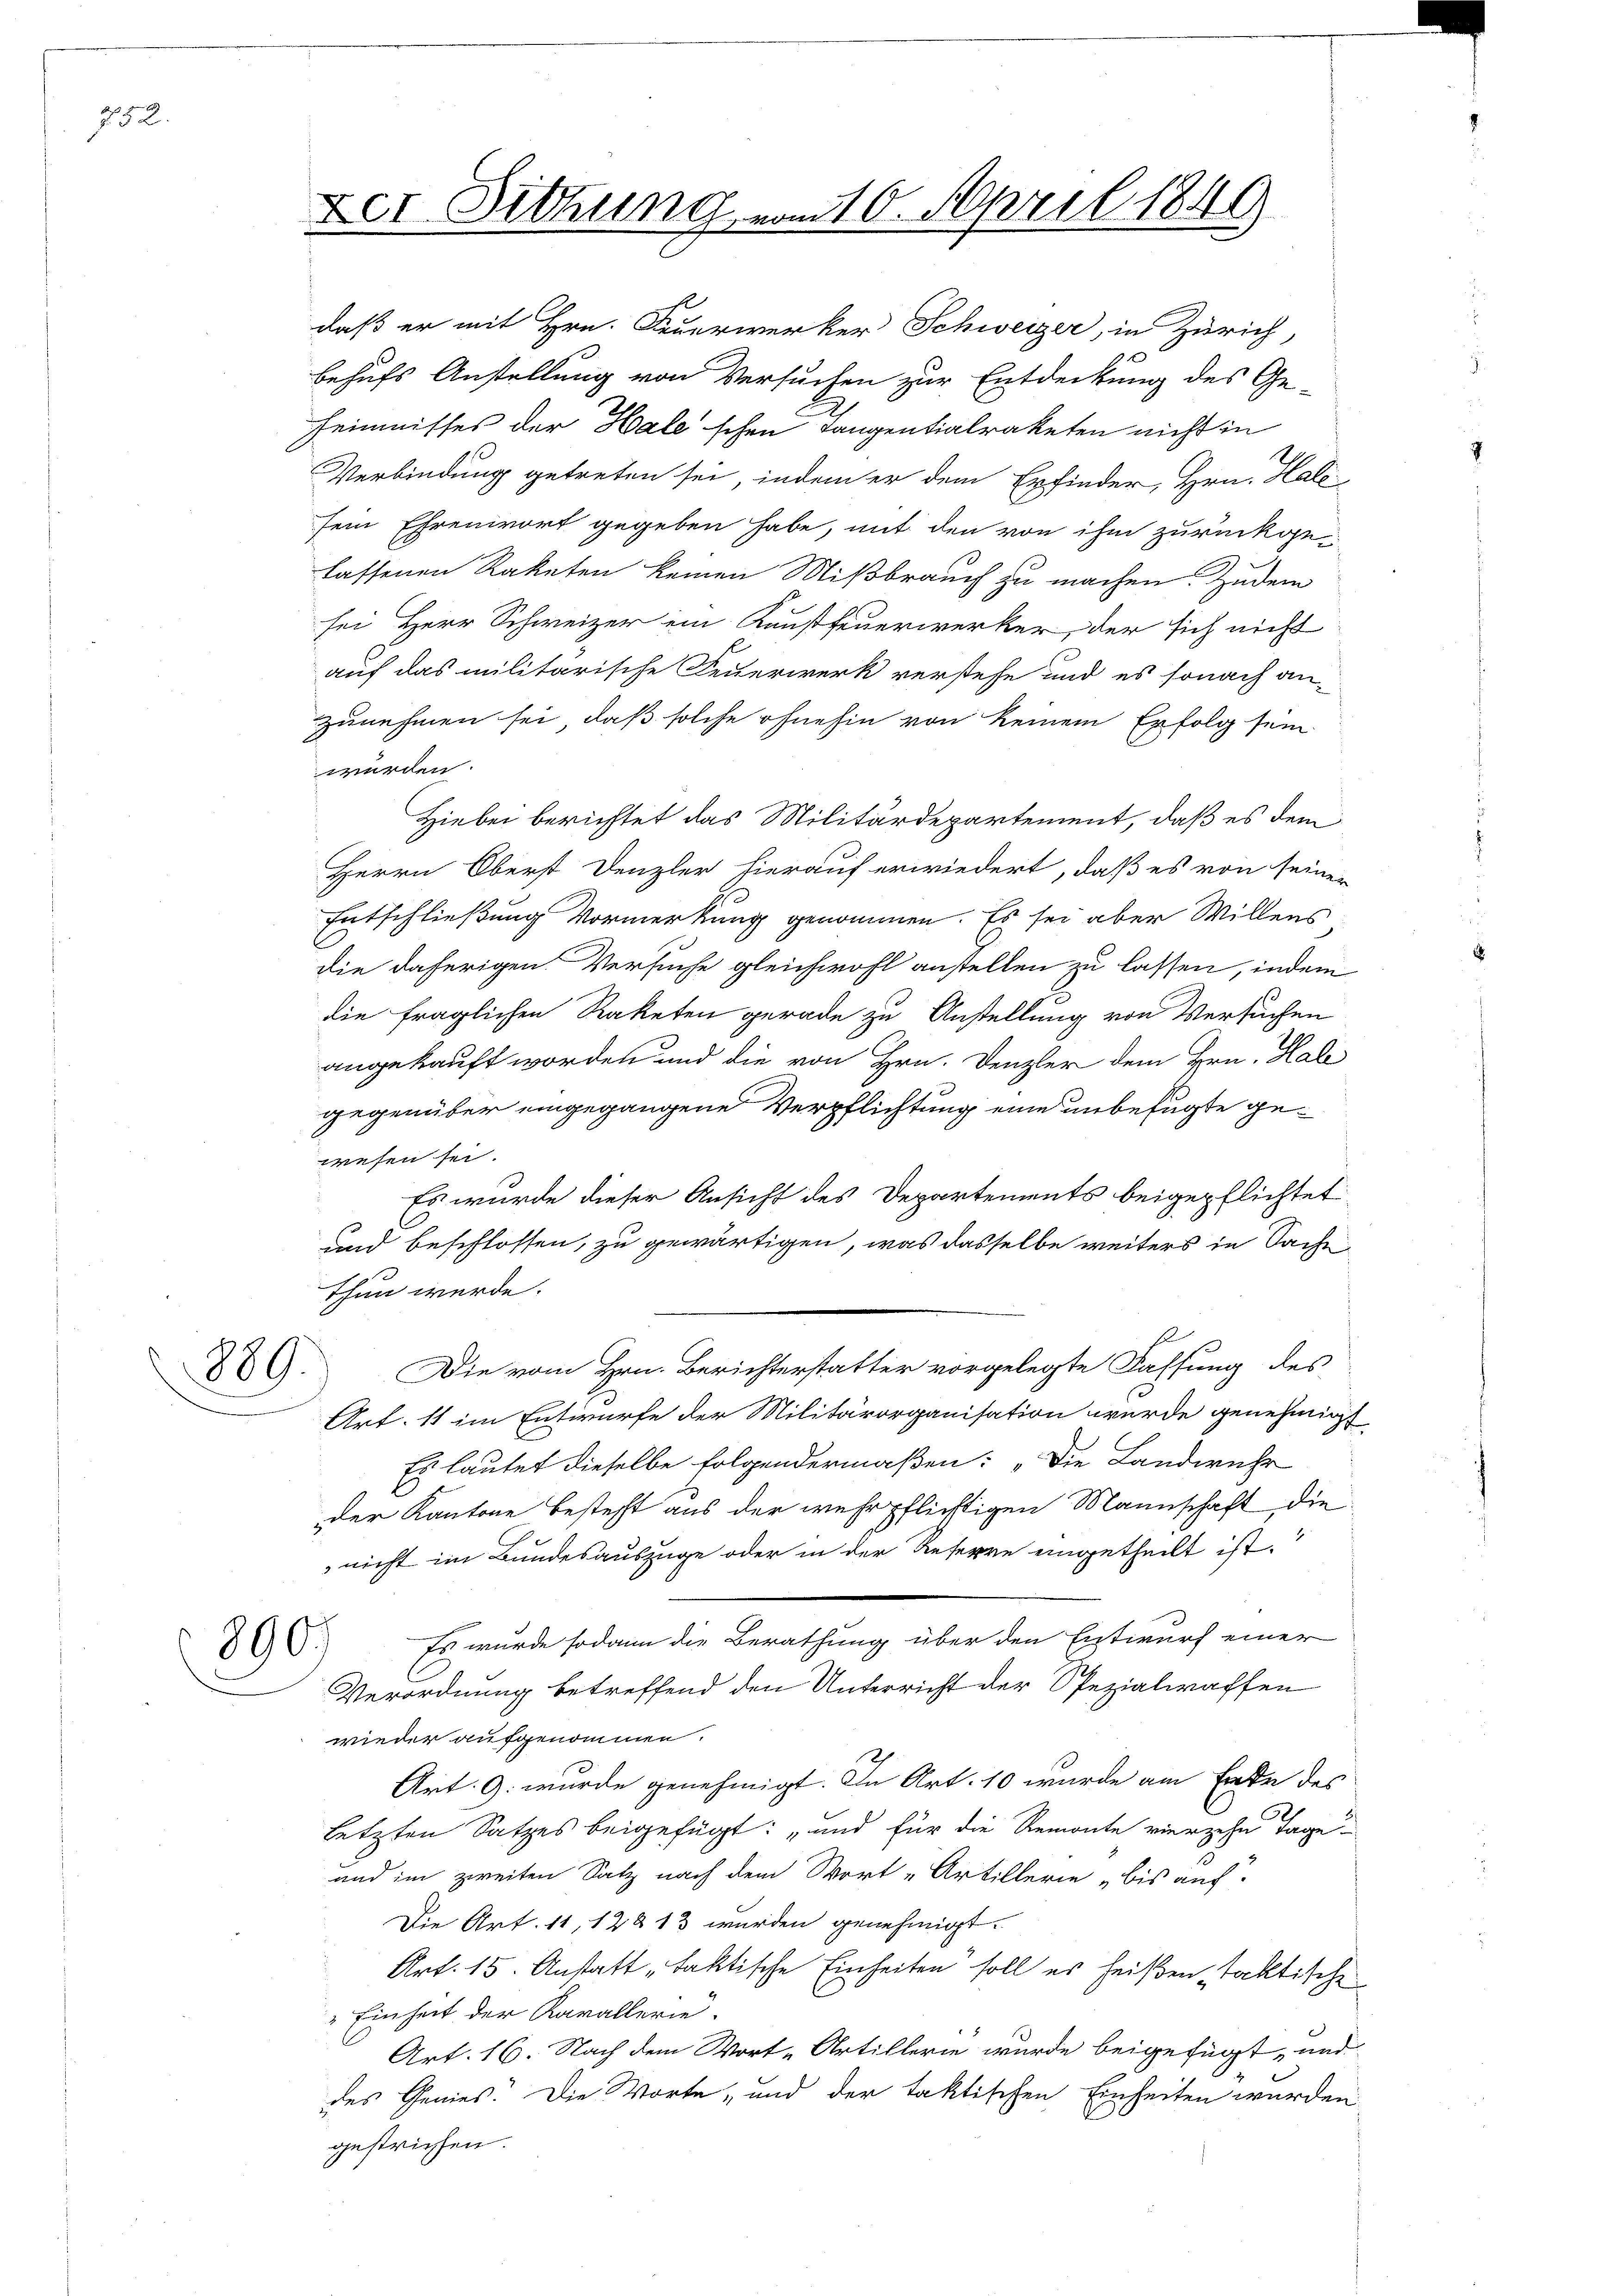
752.

889

daß er mit Hrn. Feuerwerker Schweizer, in Zürich,
behufs Anstellung von Versuchen zur Entdeckung des Ge-
heimnisses der Hale schen Cangentialraketen nicht in
Verbindung getreten sei, indem er dem Erfinder, Hrn. Halo-
sein Ehrenwort gegeben habe, mit den von ihm zurückgelassenen Raketen keinen Mißbrauch zu machen. Zudem
sei Herr Schweizer ein Kunstfeuerwerker, der sich nicht
auf das militarische Feuerwerk verstehe und es sonach an-

890.

Der Sitzung vom 10. April 1849

zunehmen sei, daß solche ohnehin von keinem Erfolg sein
werden.
Hiebei berichtet das Militärdepartement, daß es dem
Herrn Oberst Denzler hierauf erwiedert, daß es von seiner
Entschließung Vormerkung genommen. Es sei aber Willens
die daherigen Versuche gleichwohl anstellen zu lassen, indem
die fraglichen Raketen gerade zu Anstellung von Versuchen
angekauft worden und die von Hrn. Denzler dem Hrn. Hale
gegenüber eingegangene Verpflichtung eine unbefugte gewesen sei.
Es wurde dieser Ansicht des Departements beigepflichtet
und beschlossen, zu gewärtigen, was dasselbe weiters in Sache
thun werde.
Die vom Hrn. Berichterstatter vorgelegte Fassung des
Art. 11 im Entwurfe der Militärorganisation wurde genehmigt
Es lautet dieselbe folgendermaßen: „Die Landwehr
der Kantone besteht aus der wehrpflichtigen Mannschaft, die
 nicht im Bundesauszüge oder in der Referne eingetheilt ist.
Es wurde sodann die Berathung über den Entwurf einer
Verordnung betreffend den Unterricht der Spezialwaffen
wieder aufgenommen.
Art. 9. wurde genehmigt. In Art. 10 wurde am Ende des
letzten Satzes beigefügt: „und für die Remonte vierzehn Tage
und im zweiten Satz nach dem Wort „Artillerie bis auch
Die Art. 11, 12813 wurden genehmigt.
Art. 15. Anstatt „faktische Einheiten soll es heißen faktische
Einheit der Karallerie-
Art. 16. Nach dem Wort „Artillerie wurde beigefügt, und
des Genies. Die Worte „und der taktischen Einheiten wurden
gestrichen.